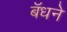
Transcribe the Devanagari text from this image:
बॅधने